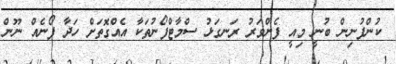
ކުންފުނިން ބުނީ މިއީ ފެންވަރު ރަނގަޅު ސްމާޓްފޯނުތަކާ އެއްގޮތަށް ހަދާ ފޯނެއް ނޫން